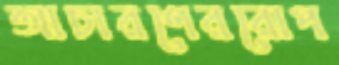
আচারণেররোপ